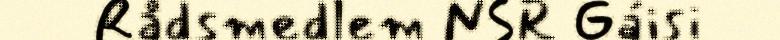
Rådsmedlem NSR Gáisi